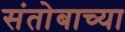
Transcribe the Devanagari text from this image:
संतोबाच्या